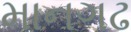
માનગઢ